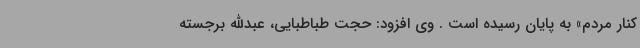
کنار مردم» به پایان رسیده است . وی افزود: حجت طباطبایی، عبدالله برجسته